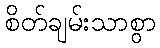
စိတ်ချမ်းသာစွာ